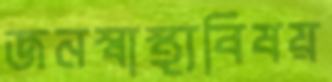
জনস্বাস্থ্যবিষয়